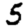
Digit: 5